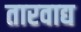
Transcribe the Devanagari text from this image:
तारवाद्य